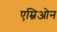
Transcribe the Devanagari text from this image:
एम्निओन